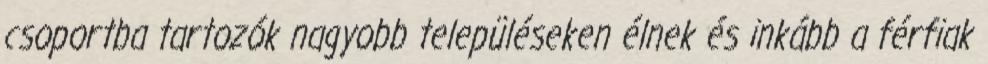
csoportba tartozók nagyobb településeken élnek és inkább a férfiak